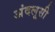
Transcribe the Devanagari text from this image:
अंदलूसी